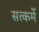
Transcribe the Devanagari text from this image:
सत्कर्मे